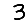
Digit: 3